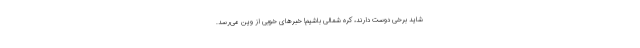
شاید برخی دوست دارند، کره شمالی باشیم! خبرهای خوبی از وین می‌رسد.